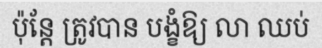
ប៉ុន្តែ ត្រូវបាន បង្ខំឱ្យ លា ឈប់